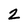
Character: 2